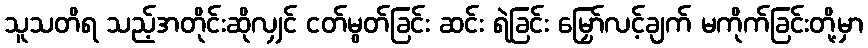
သူသတိရ သည့်အတိုင်းဆိုလျှင် ငတ်မွတ်ခြင်း ဆင်း ရဲခြင်း မြှော်လင့်ချက် မကိုက်ခြင်းတို့မှာ